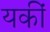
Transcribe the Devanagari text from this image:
यकीं